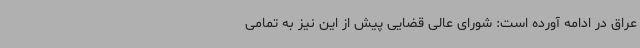
عراق در ادامه آورده است: شورای عالی قضایی پیش از این نیز به تمامی